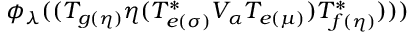
\phi _ { \lambda } ( ( T _ { g ( \eta ) } \eta ( T _ { e ( \sigma ) } ^ { * } V _ { \alpha } T _ { e ( \mu ) } ) T _ { f ( \eta ) } ^ { * } ) ) )